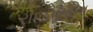
રાજપૂતાના